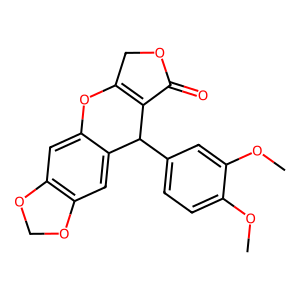
SMILES: COc1ccc(C2C3=C(COC3=O)Oc3cc4c(cc32)OCO4)cc1OC
Inhibits HIV replication: No